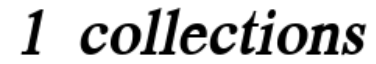
1 collections